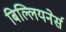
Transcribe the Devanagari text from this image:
बिल्लियनेर्स